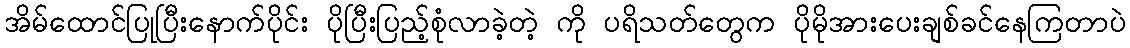
အိမ်ထောင်ပြုပြီးနောက်ပိုင်း ပိုပြီးပြည့်စုံလာခဲ့တဲ့ ကို ပရိသတ်တွေက ပိုမိုအားပေးချစ်ခင်နေကြတာပဲ